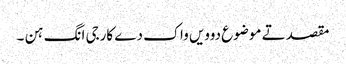
مقصد تے موضوع دوویں واک دے کارجی انگ ہن ۔